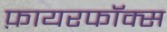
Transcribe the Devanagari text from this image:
फ़ायरफॉक्स